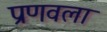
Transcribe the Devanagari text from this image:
प्रणवला